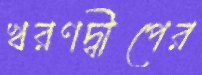
খরণদ্বীপের